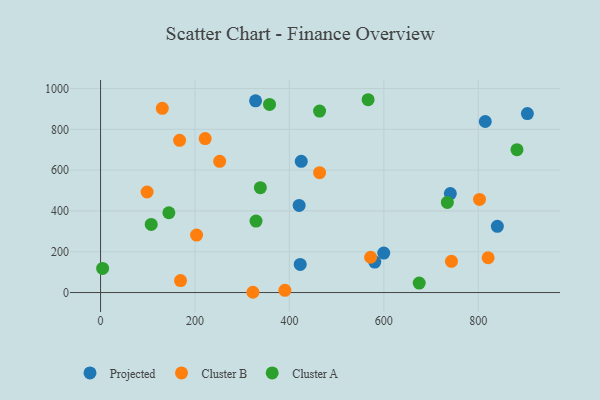
{"axis": {"x": "Experience", "y": "Exam Score"}, "legend": ["Cluster A", "Cluster B", "Projected"], "data": [{"x": "814.8", "y": 838.4, "type": "Projected"}, {"x": "904.0", "y": 877.2, "type": "Projected"}, {"x": "840.4", "y": 324.4, "type": "Projected"}, {"x": "420.6", "y": 427.1, "type": "Projected"}, {"x": "328.3", "y": 939.6, "type": "Projected"}, {"x": "740.8", "y": 485.3, "type": "Projected"}, {"x": "422.9", "y": 137.7, "type": "Projected"}, {"x": "425.1", "y": 643.0, "type": "Projected"}, {"x": "599.8", "y": 193.3, "type": "Projected"}, {"x": "580.8", "y": 149.2, "type": "Projected"}, {"x": "98.6", "y": 492.8, "type": "Cluster B"}, {"x": "463.9", "y": 587.6, "type": "Cluster B"}, {"x": "390.4", "y": 10.9, "type": "Cluster B"}, {"x": "743.2", "y": 153.1, "type": "Cluster B"}, {"x": "802.6", "y": 456.5, "type": "Cluster B"}, {"x": "167.4", "y": 746.2, "type": "Cluster B"}, {"x": "130.8", "y": 902.9, "type": "Cluster B"}, {"x": "820.9", "y": 170.6, "type": "Cluster B"}, {"x": "169.4", "y": 58.8, "type": "Cluster B"}, {"x": "322.7", "y": 1.3, "type": "Cluster B"}, {"x": "221.6", "y": 754.5, "type": "Cluster B"}, {"x": "252.3", "y": 643.4, "type": "Cluster B"}, {"x": "203.4", "y": 281.8, "type": "Cluster B"}, {"x": "572.0", "y": 173.1, "type": "Cluster B"}, {"x": "338.5", "y": 514.0, "type": "Cluster A"}, {"x": "357.9", "y": 922.2, "type": "Cluster A"}, {"x": "674.9", "y": 46.4, "type": "Cluster A"}, {"x": "463.9", "y": 889.3, "type": "Cluster A"}, {"x": "329.3", "y": 350.1, "type": "Cluster A"}, {"x": "734.5", "y": 441.5, "type": "Cluster A"}, {"x": "107.3", "y": 333.7, "type": "Cluster A"}, {"x": "566.7", "y": 945.1, "type": "Cluster A"}, {"x": "4.4", "y": 118.3, "type": "Cluster A"}, {"x": "144.7", "y": 391.2, "type": "Cluster A"}, {"x": "882.0", "y": 700.3, "type": "Cluster A"}]}